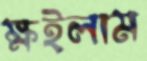
ক্ষইলাম